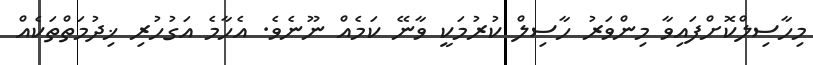
މިހާސިލްކޮށްފައިވާ މިންވަރު ހާސިލް ކުރުމަކީ ވާނޭ ކަމެއް ނޫނެވެ. އެހާމެ އަގުހުރި ޚިދުމަތްތަކެއް